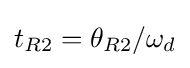
t_{R2}=\theta _{R2}/\omega _{d}